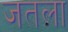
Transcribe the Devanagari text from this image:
जतला